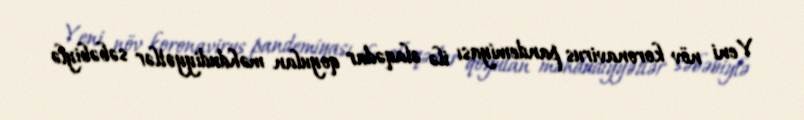
Yeni növ koronavirus pandemiyası ilə əlaqədar qoyulan məhdudiyyətlər səbəbiylə